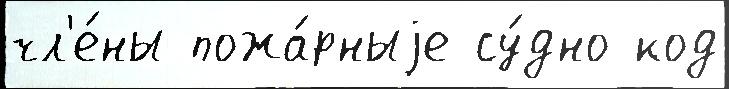
чл'е́ны пожа́рныjе су́дно код